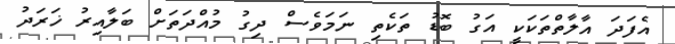
އެފަދަ އާލާތްތަކަކީ އަގު ބޮޑު ތަކެތި ނަމަވެސް ދިގު މުއްދަތަށް ބަލާއިރު ޚަރަދު